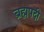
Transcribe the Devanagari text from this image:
ब्रह्मपदी